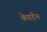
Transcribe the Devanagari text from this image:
बेवर्टन